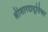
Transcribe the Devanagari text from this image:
श्रीशारदादूतिका